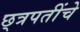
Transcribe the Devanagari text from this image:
छ्त्रपतींचे